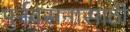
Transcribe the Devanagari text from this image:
पुर्नवसनासाठी